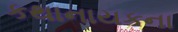
કથાનાયકના